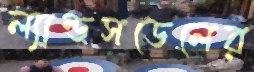
ল্যান্ডসডেলের